Lunatic asylums United Provinces 1909-1921 - 1909-1921
Year: 1909
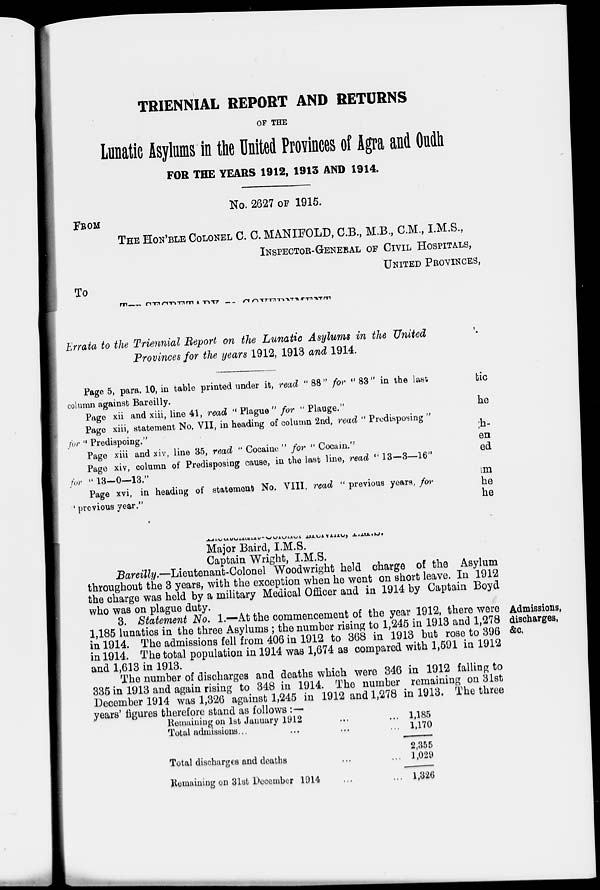
TRIENNIAL REPORT AND RETURNS
OF THE
Lunatic Asylums in the United Provinces of Agra and Oudh
FOR THE YEARS 1912, 1913 AND 1914.
No. 2627 OF 1915.
FROM
THE HON'BLE COLONEL C. C. MANIFOLD, C.B., M.B., CM., I.M.S.,
INSPECTOR-GENERAL OF CIVIL HOSPITALS,
UNITED PROVINCES,
TO
rmnrmm » -nt? —_ /~i r\-xTTX-r\-KT-*ir~r*-\-rt
Errata to the Triennial Report on the Lunatic Asylums in the United
Provinces for the years 1912, 1913 and 1914.
Page 5, para. 10, in table printed under it, read " 88" for " 83" in the last
column against Bareilly.
Page xii and xiii, line 41, read " Plague " for " Plauge."
Page xiii, statement No. VII, in heading of column 2nd, read " Predisposing "
for " Predispoing."
Page xiii and xiv, line 35, read " Cocaine " for " Cocain."
Page xiv, column of Predisposing cause, in the last line, read "13—3—16"
for "13-0—13."
Page xvi, in heading of statement No. VIII, read " previous years, /<w
' previous year."
tie
he
ih-
en
ed
im
he
he
J-m/UUU.UUUU-vJUHmol JJJ.l;l VIHU, -1-.X1-L.h->.
Major Baird, I.M.S.
Captain Wright, I.M.S.
Bareilly.—Lieutenant-Colonel Woodwright held charge of the Asylum
throughout the 3 years, with the exception when he went on short leave. In 1912
the charge was held by a military Medical Officer and in 1914 by Captain Boyd
who was on plague duty.
3. Statement No. 1.—At the commencement of the year 1912, there were Admissions,
1,185 lunatics in the three Asylums ; the number rising to 1,245 in 1913 and 1,278 discharges,
in 1914. The admissions fell from 406 in 1912 to 368 in 1913 but rose to 396 &0.
in 1914. The total population in 1914 was 1,674 as compared with 1,591 in 1912
and 1,613 in 1913.
The number of discharges and deaths which were 346 in 1912 falling to
335 in 1913 and again rising to 348 in 1914. The number remaining on 31st
December 1914 was 1,326 against 1,245 in 1912 and 1,278 in 1913. The three
years' figures therefore stand as follows :—-
Remaining on 1st January 1912
•••
••• 1.185
Total admissions...
...
...
,,, 1,170
Total discharges and deaths
Remaining on 31st December 1914
2,355
1,029
1,320